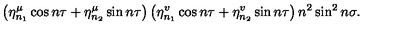
\left( \eta _ { n _ { 1 } } ^ { \mu } \cos n \tau + \eta _ { n _ { 2 } } ^ { \mu } \sin n \tau \right) \left( \eta _ { n _ { 1 } } ^ { v } \cos n \tau + \eta _ { n _ { 2 } } ^ { v } \sin n \tau \right) n ^ { 2 } \sin ^ { 2 } n \sigma .